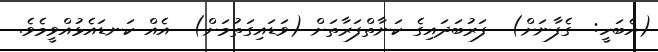
(އެބަހީ:  ގެފާނަށް)  ފަރުބަދައިގެ ކަނާތްފަރާތަށް (ވަޑައިގަތުމަށް)  އެއް ކަނޑައެޅުއްވީމެވެ.